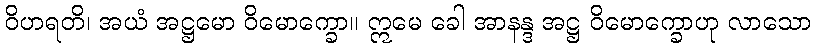
ဝိဟရတိ၊ အယံ အဋ္ဌမော ဝိမောက္ခော။ ဣမေ ခေါ အာနန္ဒ အဋ္ဌ ဝိမောက္ခောဟု လာသော